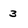
Character: 3